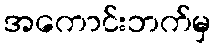
အကောင်းဘက်မှ